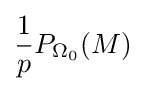
{\frac {1}{p}}P_{\Omega _{0}}(M)